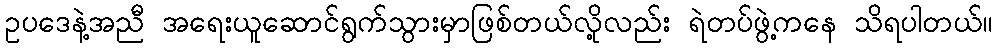
ဥပဒေနဲ့အညီ အရေးယူဆောင်ရွက်သွားမှာဖြစ်တယ်လို့လည်း ရဲတပ်ဖွဲ့ကနေ သိရပါတယ်။